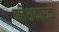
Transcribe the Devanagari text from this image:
क्लेशकारक